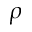
\rho